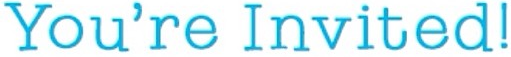
You're Invited!